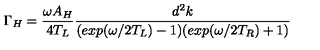
\Gamma _ { H } = \frac { \omega A _ { H } } { 4 T _ { L } } \frac { d ^ { 2 } k } { ( e x p ( \omega / 2 T _ { L } ) - 1 ) ( e x p ( \omega / 2 T _ { R } ) + 1 ) }